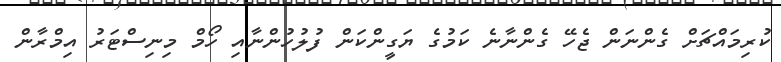
ކުރިމައްޗަށް ގެންނަން ޖެހޭ ގެންނާނެ ކަމުގެ ޔަގީންކަން ފުލުހުންނާއި ހޯމް މިނިސްޓަރު އިމްރާން